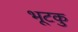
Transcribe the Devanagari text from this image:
भूटकु